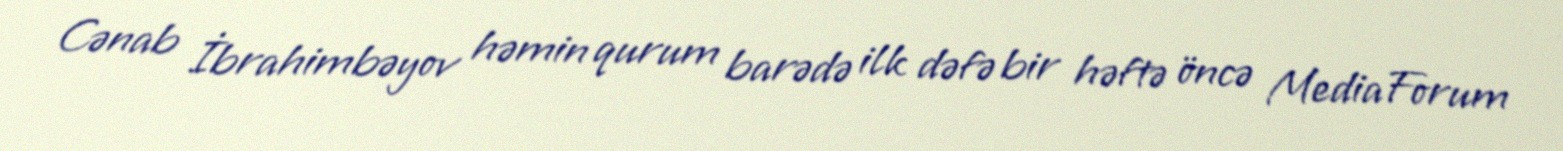
Cənab İbrahimbəyov həmin qurum barədə ilk dəfə bir həftə öncə MediaForum